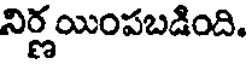
నిర్ణయింపబడింది.